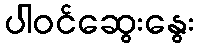
ပါဝင်ဆွေးနွေး